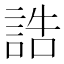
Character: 誥